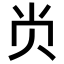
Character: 𭕆